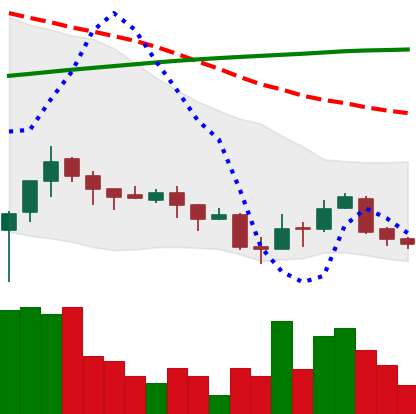
Ticker: XLM-USD
Chart end date: 2018-04-06
Forward return: 9.839%
Label: up_7plus